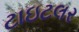
ટાઇટલર